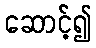
ဆောင့်၍